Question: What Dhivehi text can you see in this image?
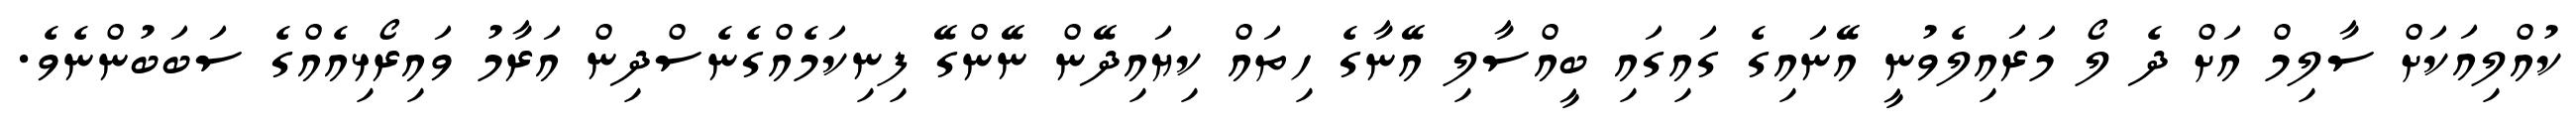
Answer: ކުއްލިއަކަށް ސާލިމް އަށް ދެ ލޯ މަރައިލެވުނީ އޭނައިގެ ގައިގައި ބީއްސާލި އޭނާގެ ހިތައް ކިޔައިދޭން ނޭންގޭ ފިނިކަމެއްގެނެސްދިން އަރާމު ވައިރޯޅިއެއްގެ ސަބަބުންނެވެ.